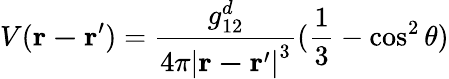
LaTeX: V(\mathbf{r-r^{\prime}})=\frac{g_{12}^{d}}{4\pi\left|\mathbf{r-r^{\prime}}\right|^{3}}(\frac{1}{3}-\cos^{2}\theta)